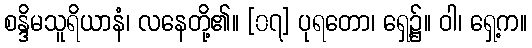
စန္ဒိမသူရိယာနံ၊ လနေတို့၏။ [၀၇] ပုရတော၊ ရှေ့၌။ ဝါ၊ ရှေ့က။